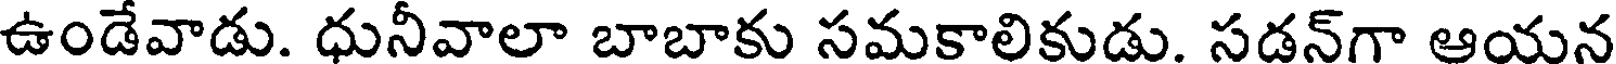
ఉండేవాడు. ధునీవాలా బాబాకు సమకాలికుడు. సడన్గా ఆయన